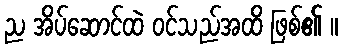
ည အိပ်ဆောင်ထဲ ဝင်သည်အထိ ဖြစ်၏ ။